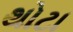
થોટા